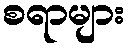
စရာများ